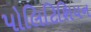
પોલિટિશિયન